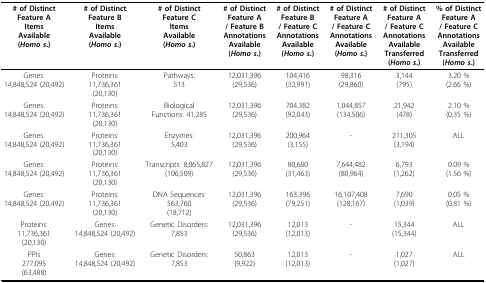
<table><thead><tr><td><b># of DistinctFeature AItemsAvailable(<i>Homo s</i>.)</b></td><td><b># of DistinctFeature BItemsAvailable(<i>Homo s</i>.)</b></td><td><b># of DistinctFeature CItemsAvailable(<i>Homo s</i>.)</b></td><td><b># of DistinctFeature A / Feature BAnnotationsAvailable(<i>Homo s</i>.) </b></td><td><b># of DistinctFeature B/ Feature CAnnotationsAvailable(<i>Homo s</i>.) </b></td><td><b># of DistinctFeature A/ Feature CAnnotationsAvailable(<i>Homo s</i>.)</b></td><td><b># of DistinctFeature A / Feature CAnnotationsAvailableTransferred(<i>Homo s</i>.)</b></td><td><b>% of DistinctFeature A / Feature CAnnotationsAvailableTransferred(<i>Homo s</i>.)</b></td></tr></thead><tbody><tr><td>Genes:14,848,524 (20,492)</td><td>Proteins:11,736,361(20,130)</td><td>Pathways:513</td><td>12,031,396(29,536)</td><td>104,416(32,991)</td><td>98,316(29,860)</td><td>3,144(795)</td><td>3.20 %(2.66 %)</td></tr><tr><td>Genes:14,848,524 (20,492)</td><td>Proteins:11,736,361(20,130)</td><td>BiologicalFunctions: 41,285</td><td>12,031,396(29,536)</td><td>704,382(92,043)</td><td>1,044,857(134,506)</td><td>21,942(478)</td><td>2.10 %(0.35 %)</td></tr><tr><td>Genes:14,848,524 (20,492)</td><td>Proteins:11,736,361(20,130)</td><td>Enzymes:5,403</td><td>12,031,396(29,536)</td><td>200,964(3,155)</td><td>-</td><td>211,305(3,194)</td><td>ALL</td></tr><tr><td>Genes:14,848,524 (20,492)</td><td>Proteins:11,736,361(20,130)</td><td>Transcripts: 8,065,827(106,509)</td><td>12,031,396(29,536)</td><td>80,680(31,463)</td><td>7,644,482(80,964)</td><td>6,793(1,262)</td><td>0.09 %(1.56 %)</td></tr><tr><td>Genes:14,848,524 (20,492)</td><td>Proteins:11,736,361(20,130)</td><td>DNA Sequences:563,760(18,712)</td><td>12,031,396(29,536)</td><td>163,396(79,251)</td><td>16,107,408(128,167)</td><td>7,690(1,039)</td><td>0.05 %(0.81 %)</td></tr><tr><td>Proteins:11,736,361(20,130)</td><td>Genes:14,848,524 (20,492)</td><td>Genetic Disorders:7,853</td><td>12,031,396(29,536)</td><td>12,013(12,013)</td><td>-</td><td>15,344(15,344)</td><td>ALL</td></tr><tr><td>PPIs277,095(63,488)</td><td>Genes:14,848,524 (20,492)</td><td>Genetic Disorders:7,853</td><td>50,863(9,922)</td><td>12,013(12,013)</td><td>-</td><td>1,027(1,027)</td><td>ALL</td></tr></tbody></table>